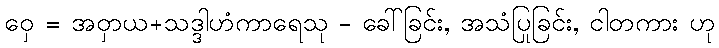
ဝှေ = အဝှာယ+သဒ္ဒါဟံကာရေသု - ခေါ်ခြင်း, အသံပြုခြင်း, ငါတကား ဟု